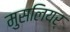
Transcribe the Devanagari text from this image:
मुसलियर्